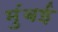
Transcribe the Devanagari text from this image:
मुंंबई